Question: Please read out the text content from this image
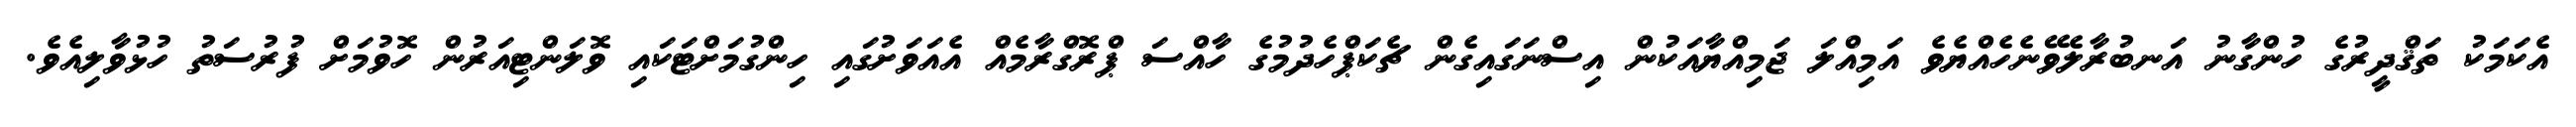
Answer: އެކަމަކު ތަޤްދީރުގެ ހުންގާނު އަނބުރާލެވޭނެހެއްޔެވެ އަމިއްލަ ޖަމިއްޔާއަކުން އިސްނަގައިގެން ޗެކަޕްހެދުމުގެ ހާއްސަ ޕްރޮގްރާމެއް އެއަވަށުގައި ހިންގުމަށްޓަކައި ވޮލަންޓިއަރުން ހޮވުމަށް ފުރުސަތު ހުޅުވާލިއެވެ.